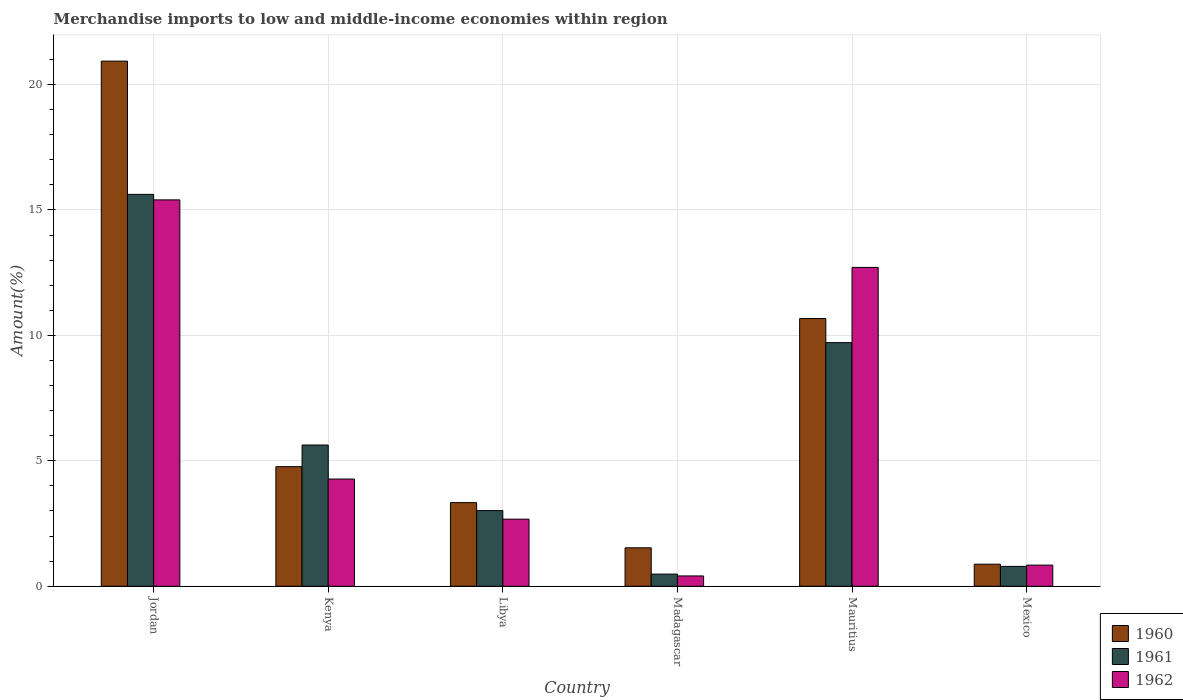
| Country | 1960 | 1961 | 1962 |
 | --- | --- | --- | --- |
 | Jordan | 20.9 | 15.6 | 15.4 |
 | Kenya | 4.77 | 5.63 | 4.27 |
 | Libya | 3.33 | 3.02 | 2.68 |
 | Madagascar | 1.53 | 0.484 | 0.411 |
 | Mauritius | 10.7 | 9.71 | 12.7 |
 | Mexico | 0.879 | 0.792 | 0.843 |